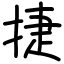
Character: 捷